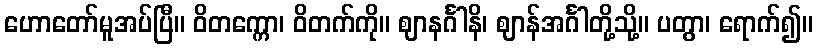
ဟောတော်မူအပ်ပြီ။ ဝိတက္ကော၊ ဝိတက်ကို။ ဈာနင်္ဂါနိ၊ ဈာန်အင်္ဂါတို့သို့။ ပတွာ၊ ရောက်၍။